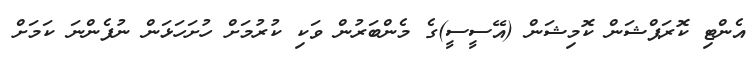
އެންޓި ކޮރަޕްޝަން ކޮމިޝަން (އޭސީސީ)ގެ މެންބަރުން ވަކި ކުރުމަށް ހުށަހަޅަން ނުފެންނަ ކަމަށް